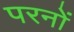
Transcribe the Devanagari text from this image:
परनों